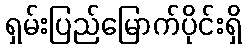
ရှမ်းပြည်မြောက်ပိုင်းရှိ